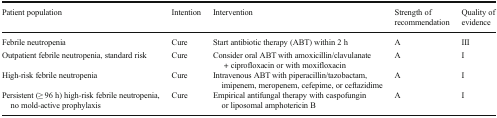
<table><thead><tr><td><b>Patient population</b></td><td><b>Intention</b></td><td><b>Intervention</b></td><td><b>Strength of recommendation</b></td><td><b>Quality of evidence</b></td></tr></thead><tbody><tr><td>Febrile neutropenia</td><td>Cure</td><td>Start antibiotic therapy (ABT) within 2 h</td><td>A</td><td>III</td></tr><tr><td>Outpatient febrile neutropenia, standard risk</td><td>Cure</td><td>Consider oral ABT with amoxicillin/clavulanate + ciprofloxacin or with moxifloxacin</td><td>A</td><td>I</td></tr><tr><td>High-risk febrile neutropenia</td><td>Cure</td><td>Intravenous ABT with piperacillin/tazobactam, imipenem, meropenem, cefepime, or ceftazidime</td><td>A</td><td>I</td></tr><tr><td>Persistent (≥ 96 h) high-risk febrile neutropenia, no mold-active prophylaxis</td><td>Cure</td><td>Empirical antifungal therapy with caspofungin or liposomal amphotericin B</td><td>A</td><td>I</td></tr></tbody></table>